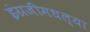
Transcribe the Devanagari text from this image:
इंग्रजीमधल्या